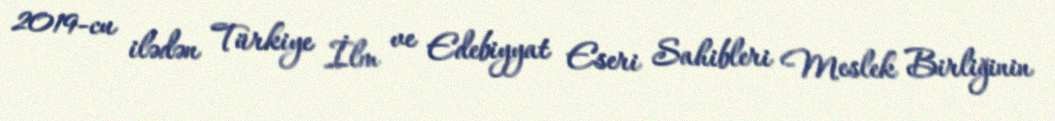
2019-cu ilədən Türkiye İlm ve Edebiyyat Eseri Sahibleri Meslek Birliğinin